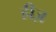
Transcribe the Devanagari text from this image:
हीज़